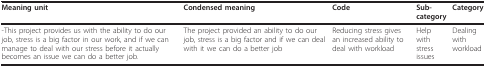
| Meaning unit | Condensed meaning | Code | Sub-category | Category |
 | --- | --- | --- | --- | --- |
 | -This project provides us with the ability to do our job, stress is a big factor in our work, and if we can manage to deal with our stress before it actually becomes an issue we can do a better job. | The project provided an ability to do our job, stress is a big factor and if we can deal with it we can do a better job | Reducing stress gives an increased ability to deal with workload | Help with stress issues | Dealing with workload |